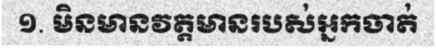
១. មិនមានវត្តមានរបស់អ្នកចាត់